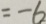
= - 6